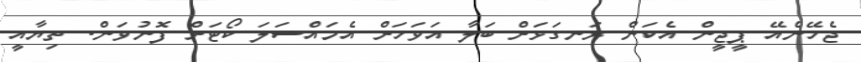
ޖެހޭނެއޭ ޕީޖީން އެކަން ރަނގަޅަށް ބަލާ އަވަހަށް އެމައްސަލަ ކޯޓަށް ފޮނުވަން. ތިޔާއީ